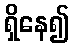
ရှိနေ၍